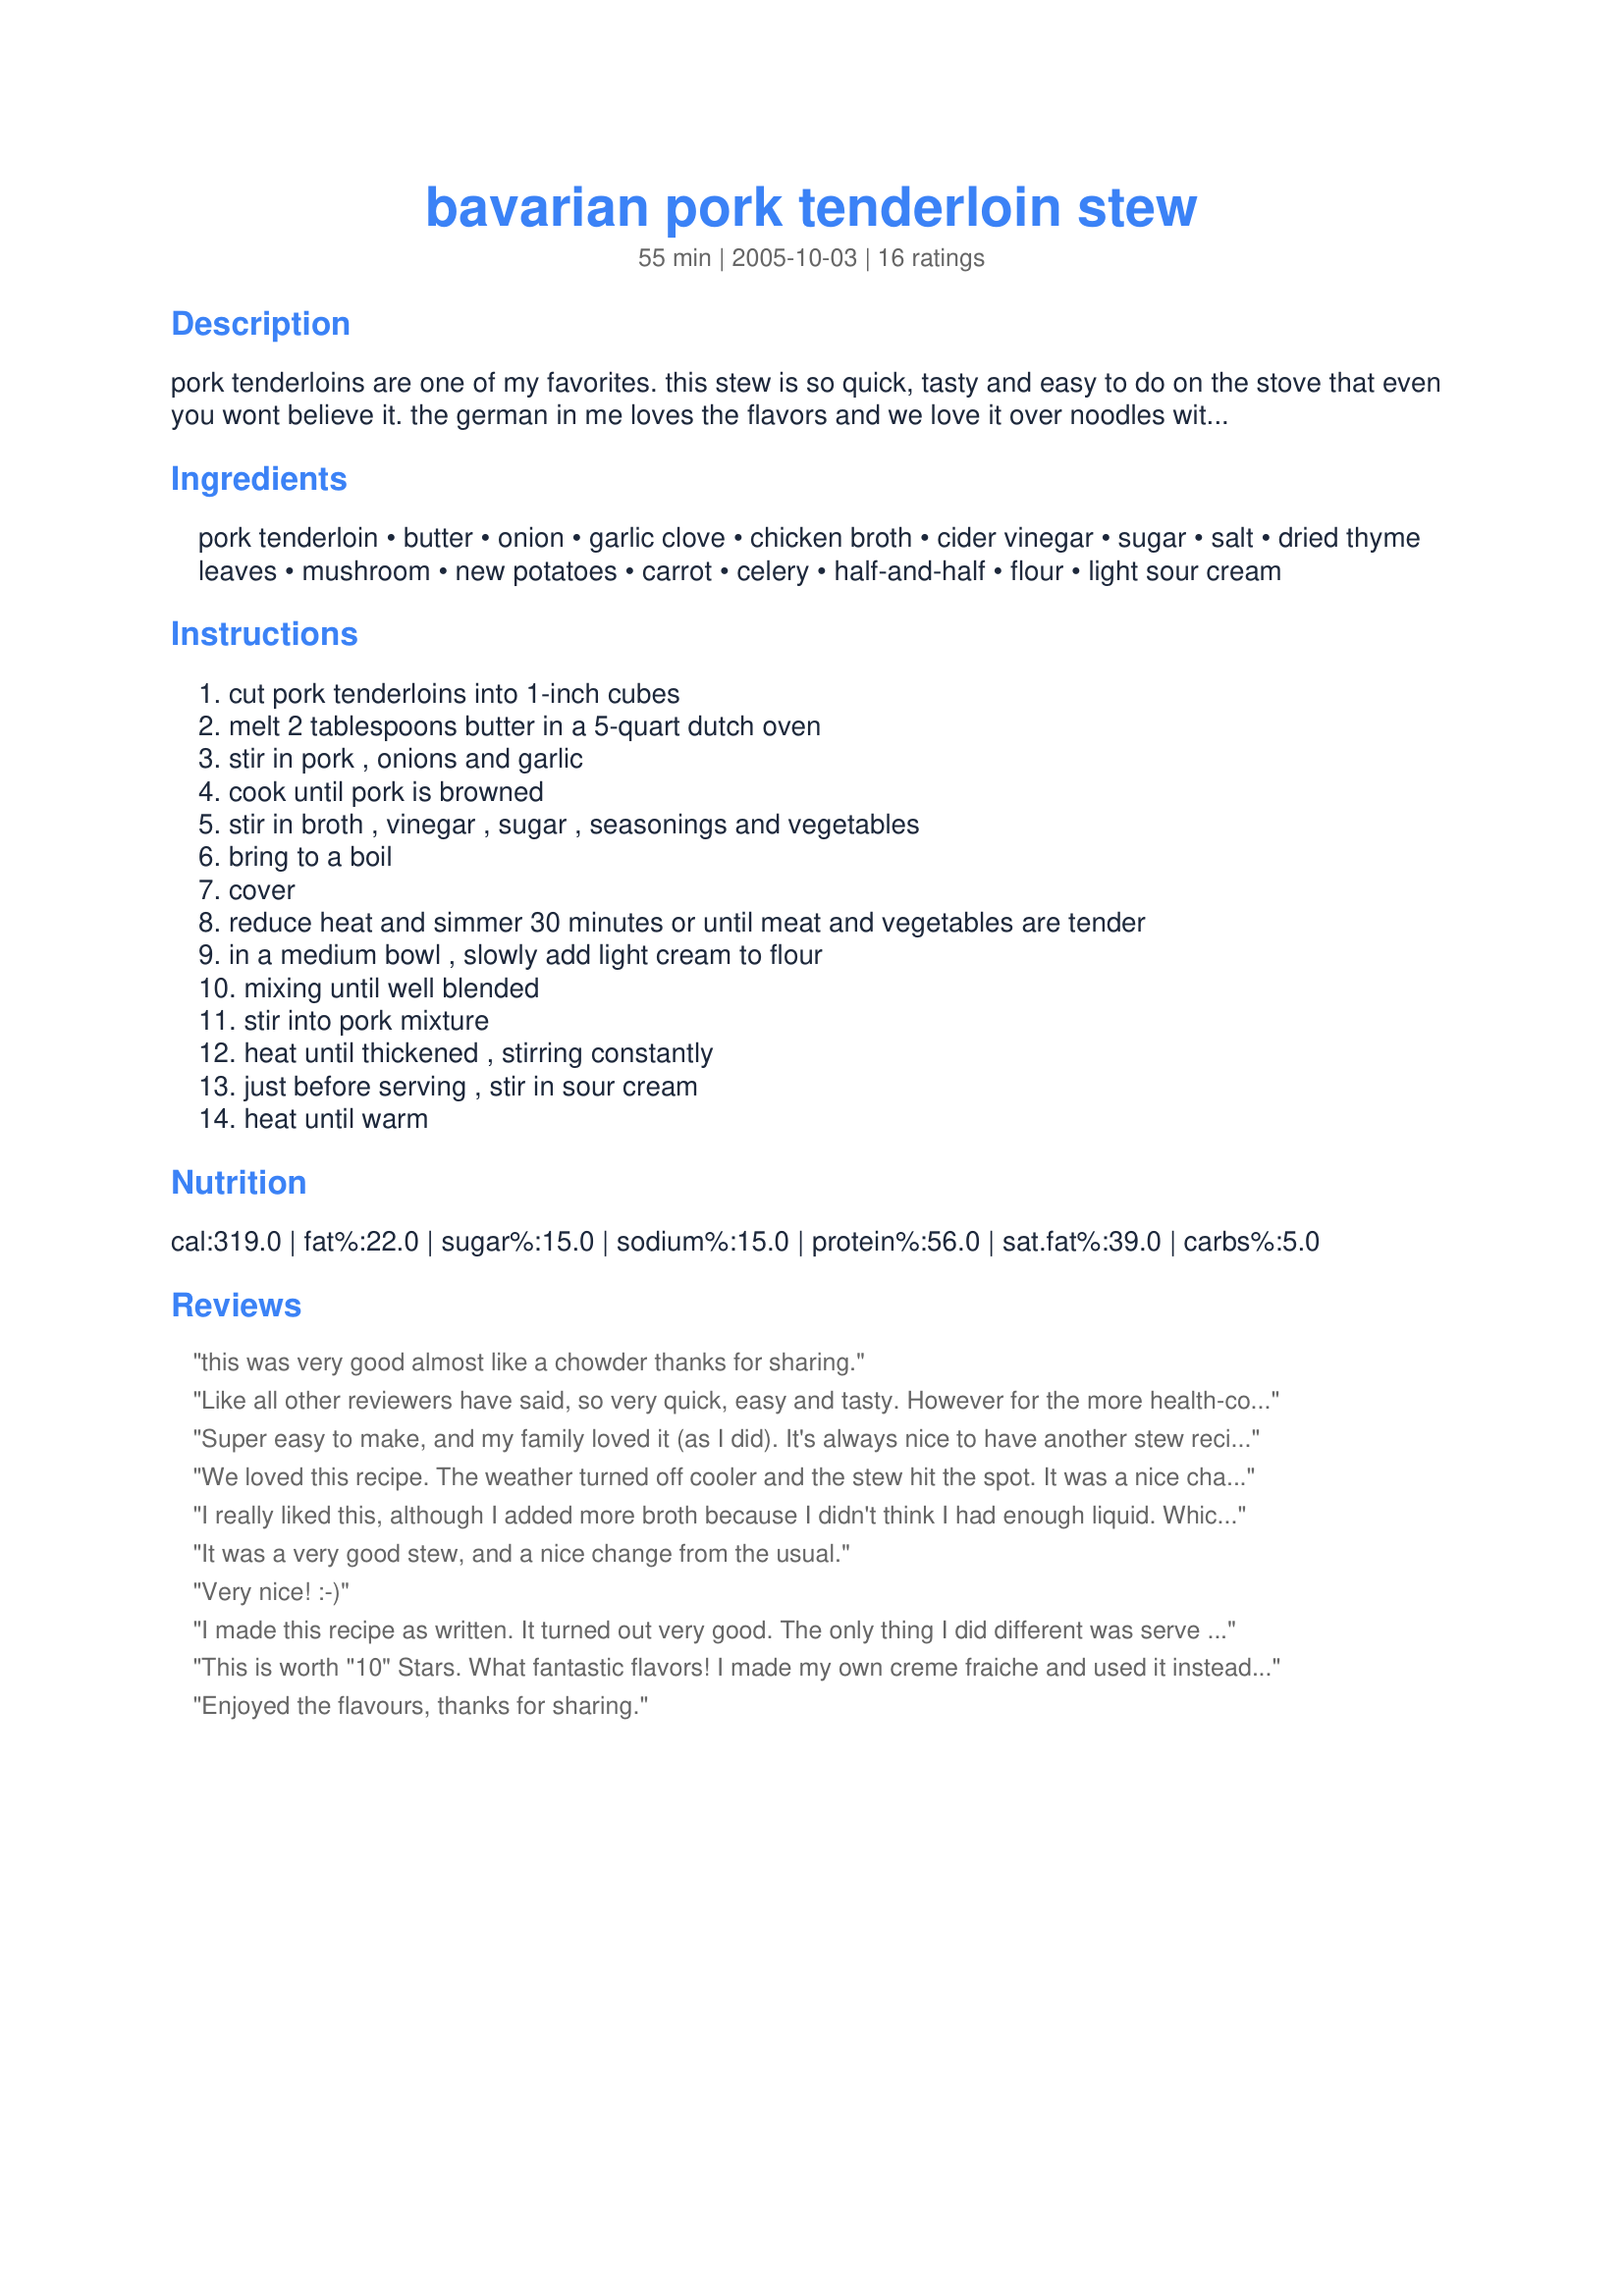
bavarian pork tenderloin stew
Preparation time: 55 minutes

pork tenderloins are one of my favorites. this stew is so quick, tasty and easy to do on the stove that even you wont believe it. the german in me loves the flavors and we love it over noodles with a hearty german rye bread. reminds you of fall and oktober fest!

Ingredients:
pork tenderloin, butter, onion, garlic clove, chicken broth, cider vinegar, sugar, salt, dried thyme leaves, mushroom, new potatoes, carrot, celery, half-and-half, flour, light sour cream

Steps:
cut pork tenderloins into 1-inch cubes, melt 2 tablespoons butter in a 5-quart dutch oven, stir in pork , onions and garlic, cook until pork is browned, stir in broth , vinegar , sugar , seasonings and vegetables, bring to a boil, cover, reduce heat and simmer 30 minutes or until meat and vegetables are tender, in a medium bowl , slowly add light cream to flour, mixing until well blended, stir into pork mixture, heat until thickened , stirring constantly, just before serving , stir in sour cream, heat until warm

Reviews:
this was very good almost like a chowder
thanks for sharing.
Like all other reviewers have said, so very quick, easy and tasty. However for the more health-conscious among you, as a thickening agent I found it just as effective substituting all that 'half-and-half' and flour for a cup of lentils and an equal amount of water. Still delicious.
Super easy to make, and my family loved it (as I did). It's always nice to have another stew recipe under my belt as well!
We loved this recipe. The weather turned off cooler and the stew hit the spot. It was a nice change from a tomato base stew. I only changed a few things up. I didn't use butter as hubby is on restricted diet. I sprayed the pan with Pam and the meat juices were enough to cook onions, etc (low heat). I used fat free half n half and fat free sour cream. I served with cornbread. Definitely a hit and I will make it again. Thanks for the recipe.
I really liked this, although I added more broth because I didn't think I had enough liquid. Which means I ended up with more of a soup than a stew. I'd recommend going with the recipe and not adding more broth - it may look like it's not enough, but it is. Also added more thyme and some pepper. Great flavor. Will definitely make again, without the extra broth.
It was a very good stew, and a nice change from the usual.
Very nice! :-)
I made this recipe as written. It turned out very good. The only thing I did different was serve it on a bed of German Spaetzle (recipe can also be found on this site). Talk about comfort food on a cool winter evening. This is it. Thanks for sharing.
This is worth "10" Stars. What fantastic flavors! I made my own creme fraiche and used it instead of sour cream, because it never breaks down/curdles when reheating! Thanks for sharing! Koechin
Enjoyed the flavours, thanks for sharing.
Wow, talk about comfort food!! This one wins, hands down. DH said it was like an excellent clam chowder but with pork (which is a good thing, btw) I used boneless loin chops instead of the tenderloin because they were waaaaaayyyyy cheaper, turned out great!! I already want to make it again. Thank you for sharing this with us.
My Austrian husband loved this one!
Make this again - my hubby declared! So I will! A little tweaking went on, but the end product was still close to the original recipe. Easy. Fast. Really, really good. I'm so impressed with how flavourful this is!! I had some tenderloin that needed to be used, but I can see this would be good with just about any cut. My German/Austrian hubby would like to try this with cold smoked pork of some sort, so that will be on the to-do list. We had this with fresh baked biscuits, but I would try it with noodles or spaetzle. I think both would be good. This is definitely going in the rotation. Mmmmm!
I told DH I was making pork stew, he wrinkled his nose. Then he tasted this and couldn&#039;t stop telling me how good it was!! The meat is so tender and the sauce is tastey. I halved the recipe and subbed parsnips for the celery. I was actually using this recipe to clean out the refrigerator before going on vacation...... now I have a new recipe for cold Sunday afternoons!
I made this last night for dinner with a few modifications and it was delicious! I used leftover smoked pork roast instead of fresh loin, increased the broth by a cup, and canned mushrooms. It was an excellent way to use up my leftover roast! And, now it will be leftovers for one more night! Thank you for sharing! This one is a keeper.
Can you say, "Fabulous?" I know you could if you tasted this Fabulous Pork Tenerloin Stew! This recipe is so simple. Starting with the pork tenderloin, it only has to cook a short while. This stew is ready much faster than if you were cooking with stew beef and you end up with such fantastic results! My only change to this recipe was to add only 1/2 cup of regular sour cream instead of the entire 3/4 cup of the light. Thank you SO MUCH for posting this one, Laurie!!
